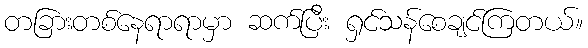
တခြားတစ်နေရာရာမှာ ဆက်ပြီး ရှင်သန်စေချင်ကြတယ်။